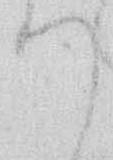
つ